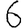
Digit: 6